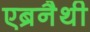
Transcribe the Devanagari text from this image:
एब्रनैथी